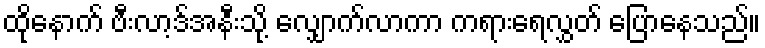
ထိုနောက် ဗီးလာ့ဒ်အနီးသို့ လျှောက်လာကာ ကရားရေလွှတ် ပြောနေသည်။